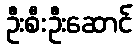
ဦးစီးဦးဆောင်